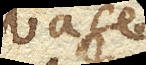
Vase